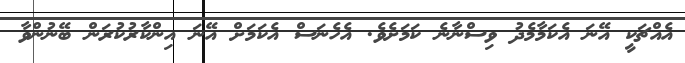
އެއްޗަކީ އޭނަ އެކަމާމެދު ވިސްނާނެ ކަމަށެވެ. އެހެނަސް އެކަމަށް އޭނަ އިންކާރުކުރަން ބޭނުންވާ